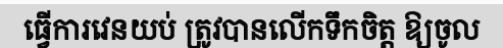
ធ្វើការវេនយប់ ត្រូវបានលើកទឹកចិត្ត ឱ្យចូល